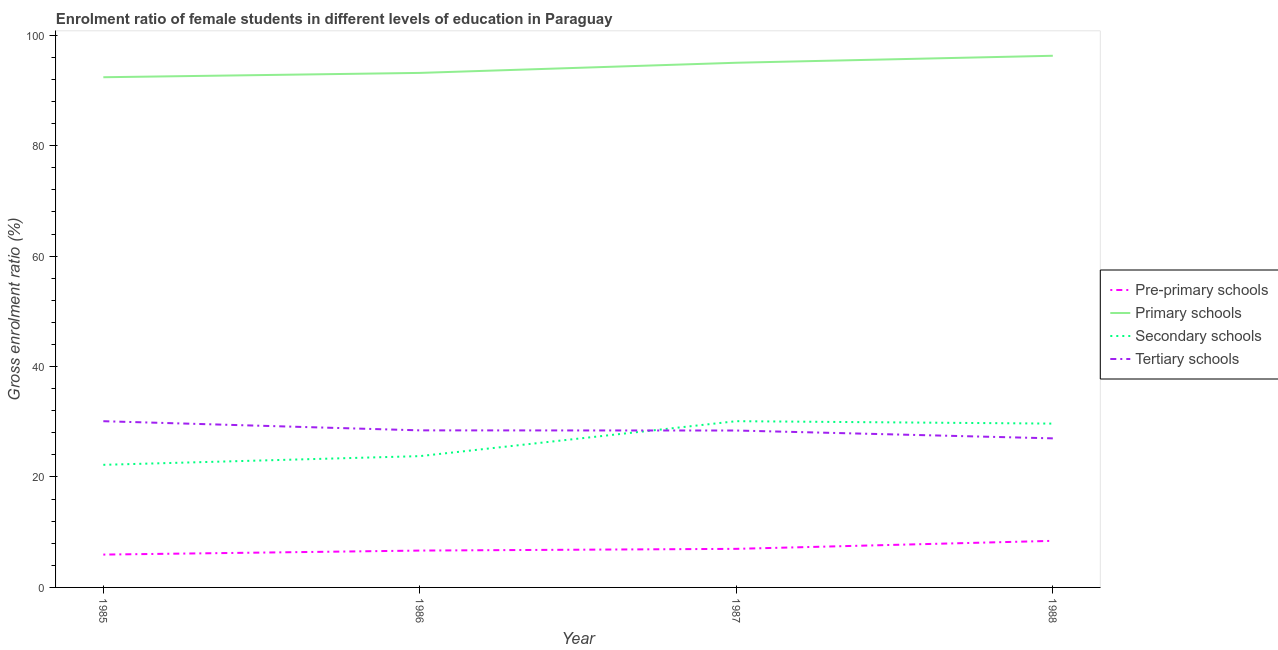
| Year | Pre-primary schools | Primary schools | Secondary schools | Tertiary schools |
 | --- | --- | --- | --- | --- |
 | 1985 | 5.95 | 92.4 | 22.2 | 30.1 |
 | 1986 | 6.67 | 93.2 | 23.8 | 28.4 |
 | 1987 | 6.99 | 95 | 30.1 | 28.4 |
 | 1988 | 8.44 | 96.3 | 29.7 | 27 |